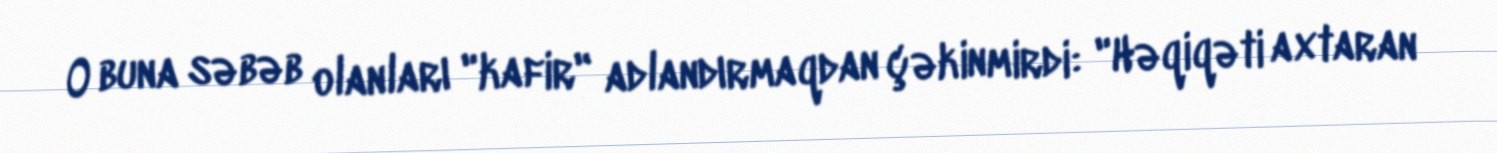
O buna səbəb olanları "kafir" adlandırmaqdan çəkinmirdi: "Həqiqəti axtaran